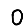
Digit: 0